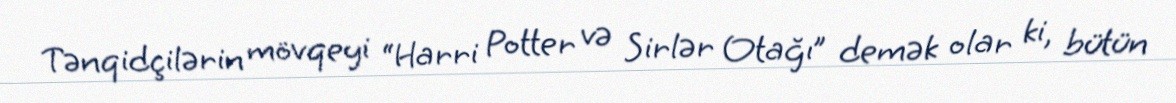
Tənqidçilərin mövqeyi “Harri Potter və Sirlər Otağı” demək olar ki, bütün